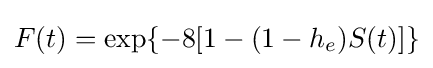
F(t)=\exp\{-8[1-(1-h_{e})S(t)]\}